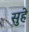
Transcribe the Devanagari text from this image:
सुहे